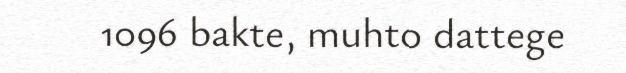
1096 bakte, muhto dattege